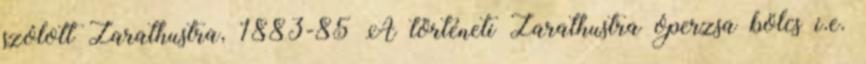
szólott Zarathustra, 1883-85 A történeti Zarathustra óperzsa bölcs i.e.